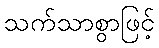
သက်သာစွာဖြင့်